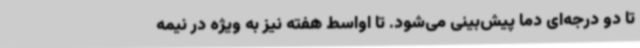
تا دو درجه‌ای دما پیش‌بینی می‌شود. تا اواسط هفته نیز به ویژه در نیمه